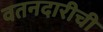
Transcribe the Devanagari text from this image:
वतनदारीची